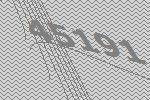
45191